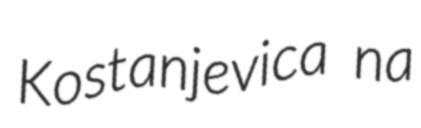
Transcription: Kostanjevica na